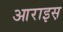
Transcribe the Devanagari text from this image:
आराइस़